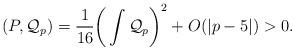
LaTeX: \begin{align*}(P,\mathcal{Q}_p)=\frac{1}{16}\bigg{(}\int \mathcal{Q}_p\bigg{)}^2+O(|p-5|)>0.\end{align*}